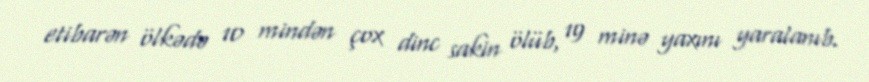
etibarən ölkədə 10 mindən çox dinc sakin ölüb, 19 minə yaxını yaralanıb.